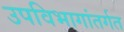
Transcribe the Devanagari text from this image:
उपविभागांतर्गत